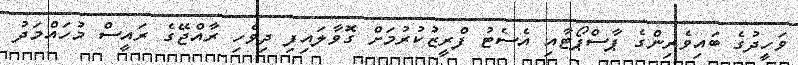
ވަހީދުގެ ބައިވެރިންގެ ޕާސްޕޯޓާއި އެސެޓު ފްރީޒުކުރުމަށް ގޮވާލައިފި ދިވެހި ރާއްޖޭގެ ރައީސް މުހައްމަދު